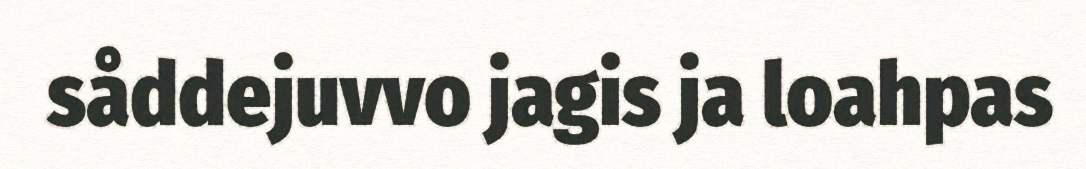
såddejuvvo jagis ja loahpas